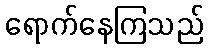
ရောက်နေကြသည်